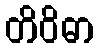
တိဝိဓာ